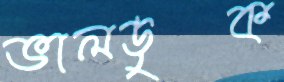
ভালডুক